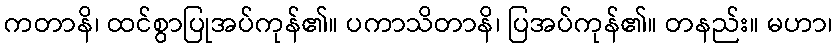
ကတာနိ၊ ထင်စွာပြုအပ်ကုန်၏။ ပကာသိတာနိ၊ ပြအပ်ကုန်၏။ တနည်း။ မဟာ၊